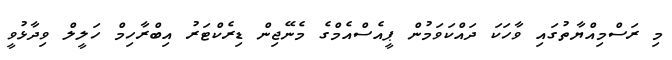
މި ރަސްމިއްޔާތުގައި ވާހަކަ ދައްކަވަމުން ޕީއެސްއެމްގެ މެނޭޖިން ޑިރެކްޓަރު އިބްރާހިމް ހަލީލް ވިދާޅުވީ